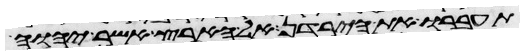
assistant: תעברו את הירדן אל הארץ אשר יהוה